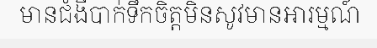
មានជំងឺបាក់ទឹកចិត្តមិនសូវមានអារម្មណ៍